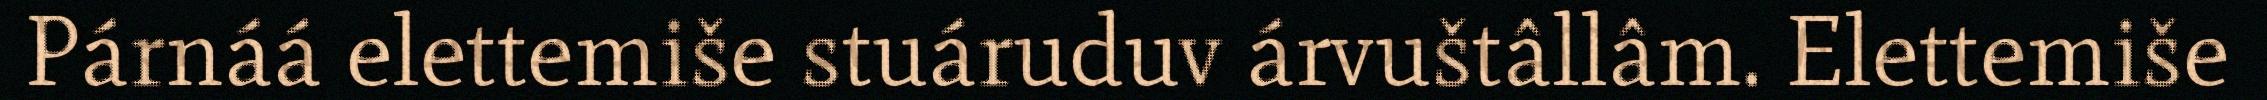
Párnáá elettemiše stuáruduv árvuštâllâm. Elettemiše